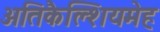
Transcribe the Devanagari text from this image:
अतिकैल्शियमेह